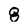
Character: 8